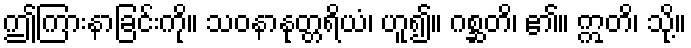
ဤကြားနာခြင်းကို။ သဝနာနုတ္တရိယံ၊ ဟူ၍။ ဂစ္ဆတိ၊ ၏။ ဣတိ၊ သို့။